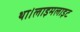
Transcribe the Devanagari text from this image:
था।लाइमलाइट